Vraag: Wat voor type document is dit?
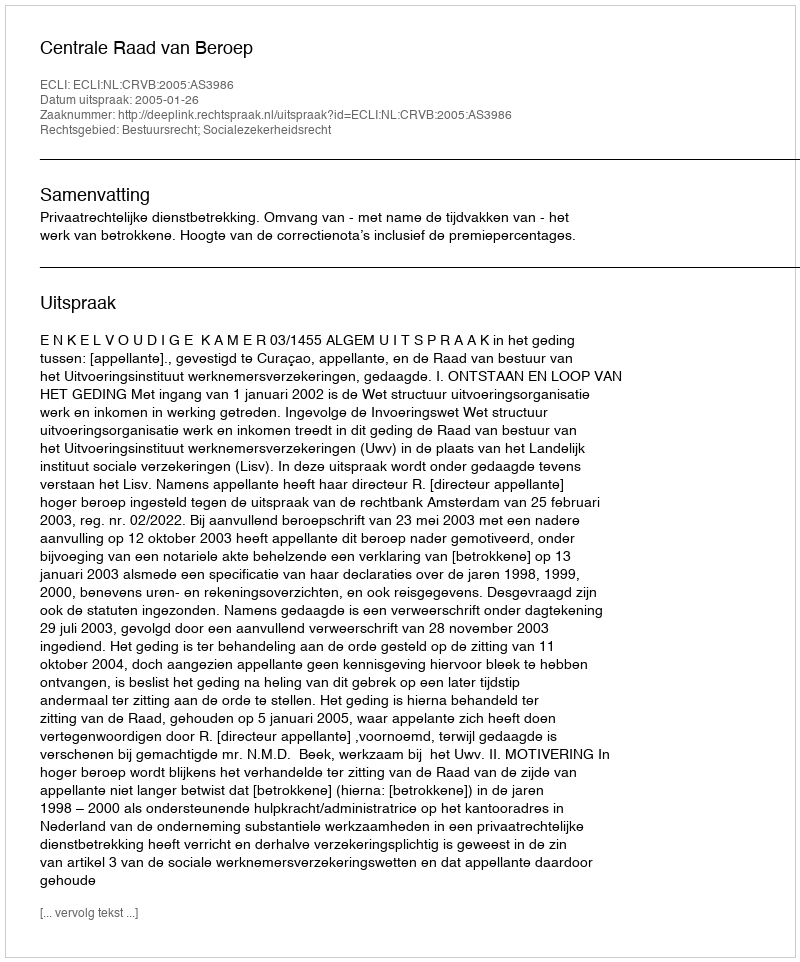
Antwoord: Uitspraak